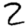
Digit: 2